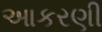
આકરણી